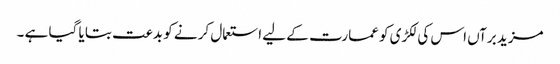
مزید برآں اس کی لکڑی کو عمارت کے لیے استعمال کر نے کو بدعت بتا یا گیا ہے ۔